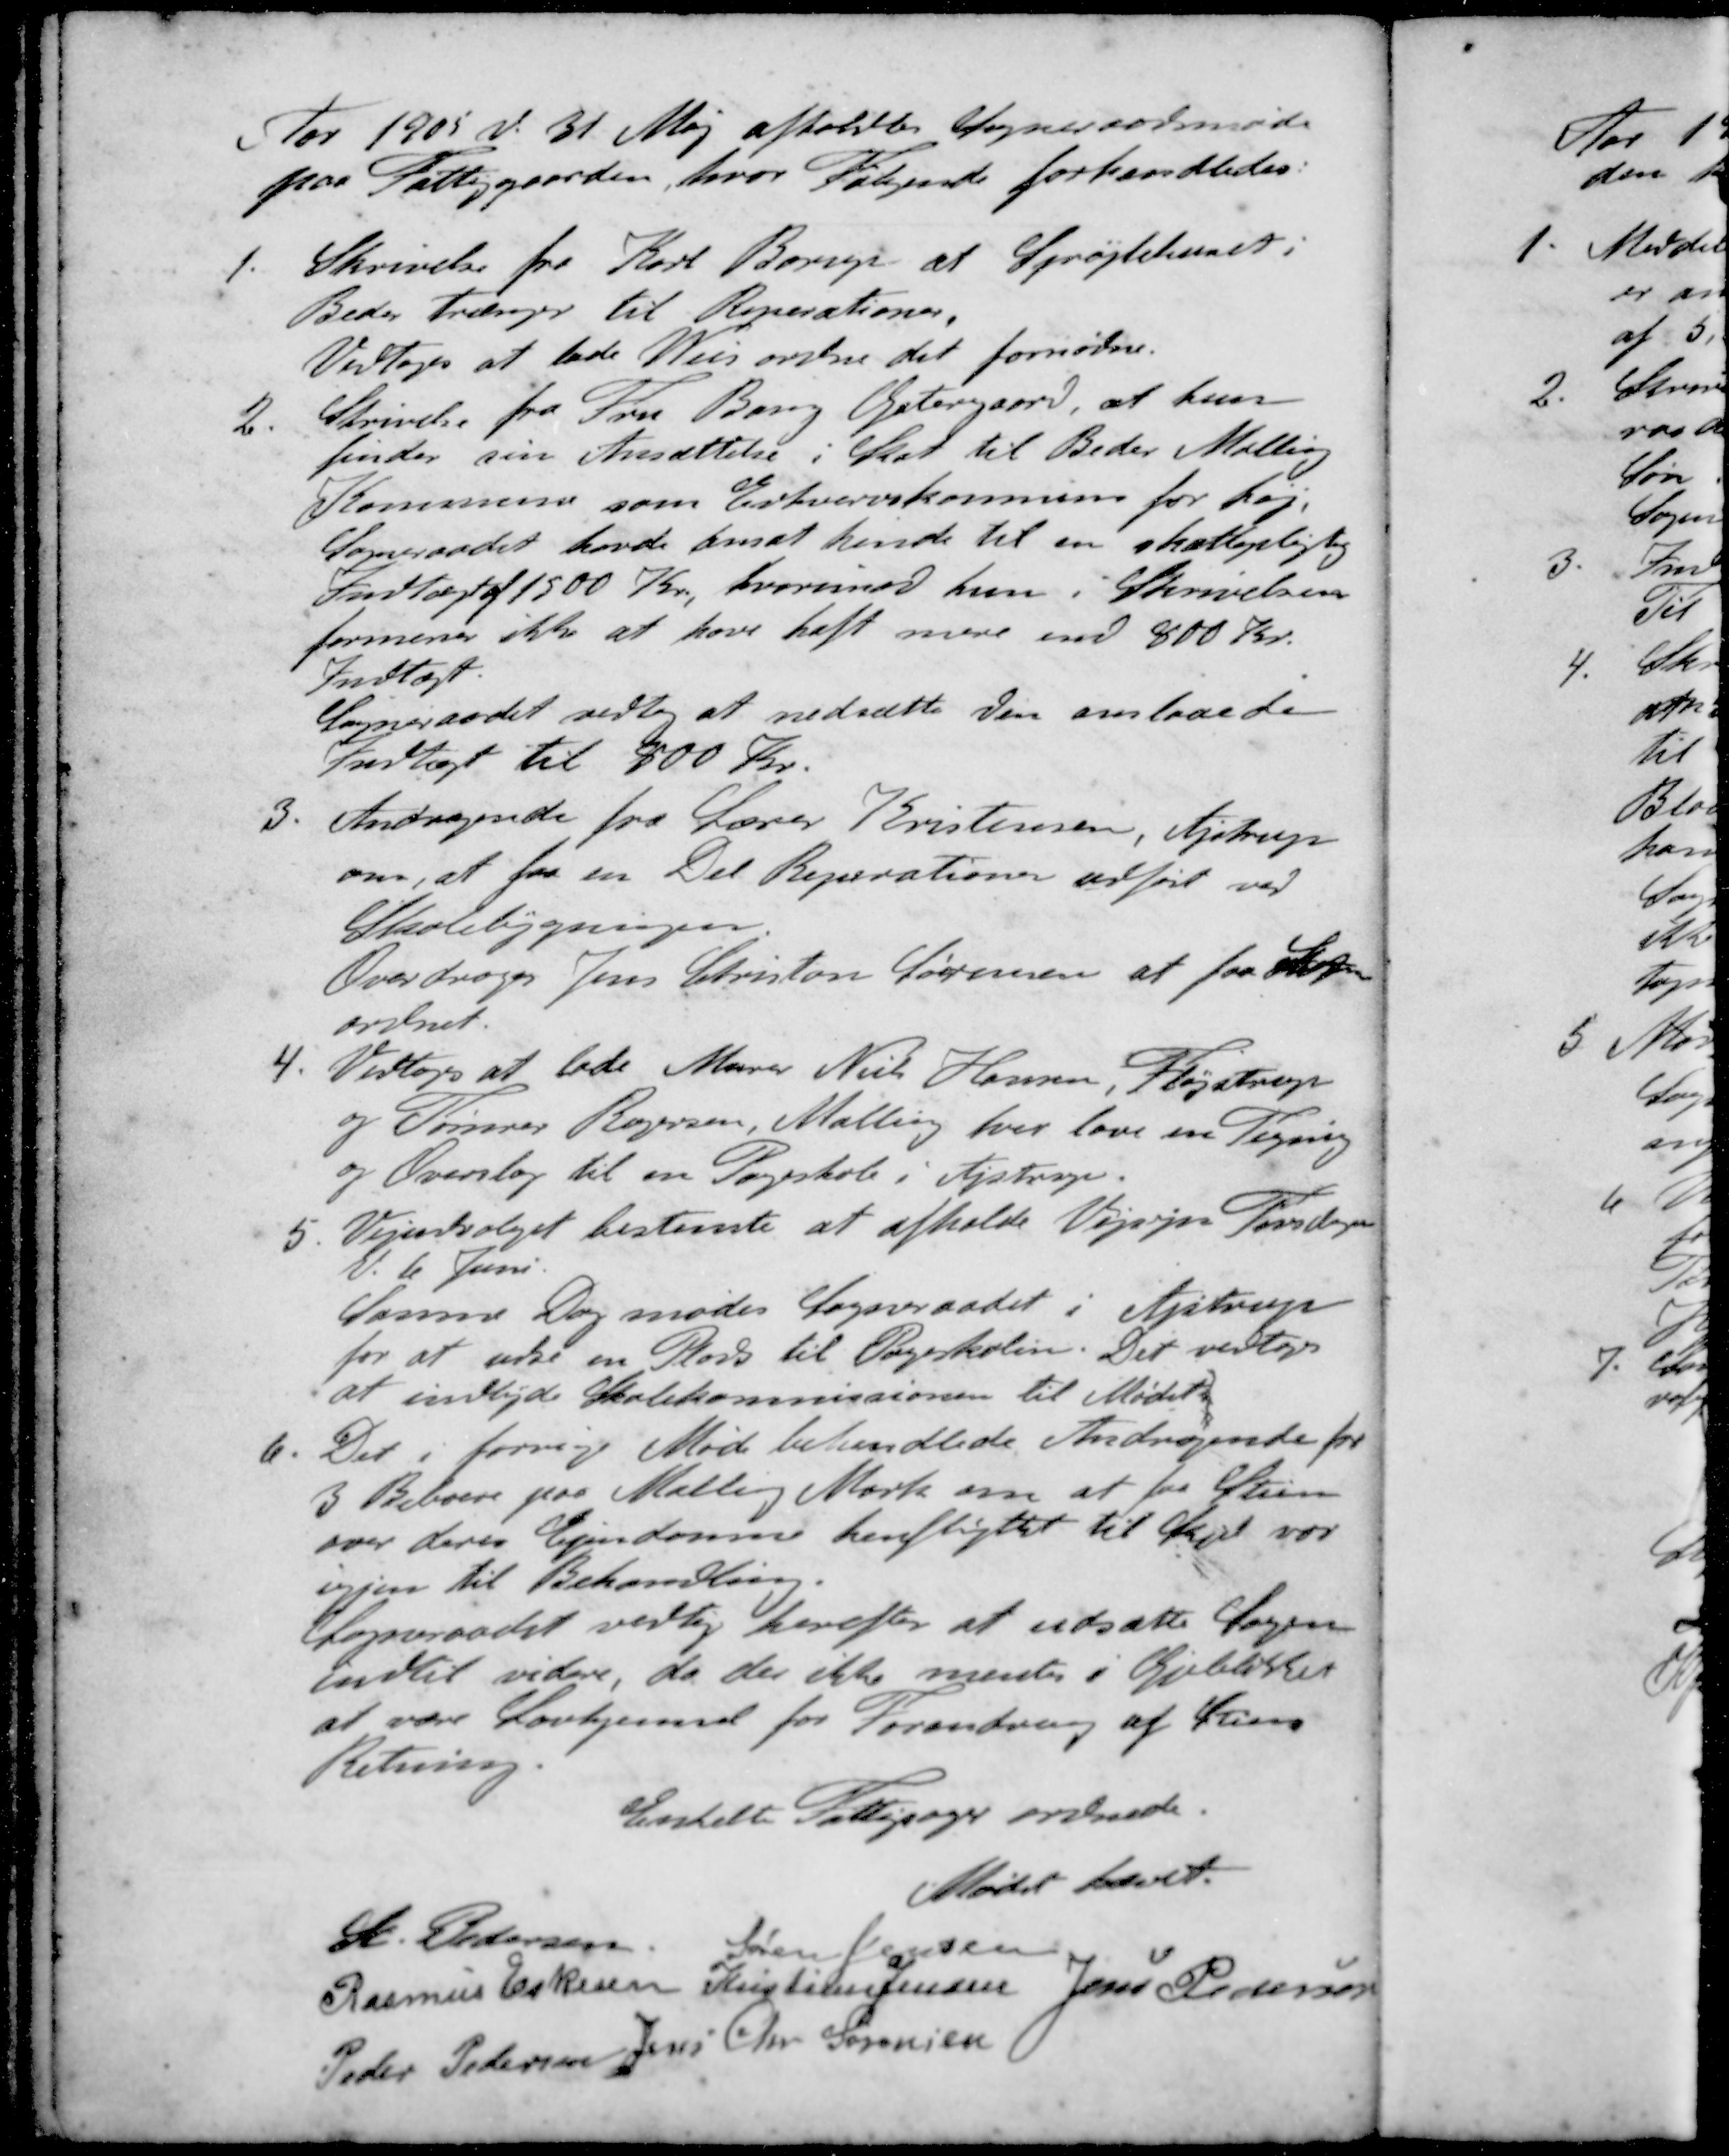
Transskription:
Aar 1905 d. 31 Maj afholdtes Sogneraadsmøde
paa Fattiggaarden, hvor Følgende forhandledes:
1. Skrivelse fra Karl Borup at Sprøjtehuset i
Beder trænger til Reperationer.
Vedtoges at lade Weis ordne det fornødne.
2. Skrivelse fra Fru Bang Østergaard, at hun
finder sin Ansættelse i Skat til Beder Malling
Kommune som Erhvervskommune for høj.
Sogneraadet havde ansat hende til en skattepligtig
Indtægt af 1500 Kr, hvorimod hun i Skrivelsen
formener ikke at have haft mere end 800 Kr.
Indtægt.
Sogneraadet vedtog at nedsætte den anslaaede
Indtægt til 800 Kr.
3. Andragende fra Lærer Kristensen, Ajstrup
om, at faa en Del Reparationen udført ved
Skolebygningen.
Overdroges Jens Christon Sørensen at faa Sagen
ordnet.
4. Vedtoges at lade Murer Niels Hansen, Fløjstrup
og Tømrer Rogersen, Malling hver lave en Tegning
og Overslag til en Pogeskole i Ajstrup.
5. Vejudvalget bestemte at afholde Vejsyn Torsdagen
d. 6. Juni
Samme Dag mødes Sogneraadet i Ajstrup
for at udse en Plads til Pogeskolen. Det vedtoges
at indbyde Skolekommissionen til Mødet
6. Det i forrige Møde behandlede Andragende fra
3 Beboere paa Malling Mark om at fra Stien
over deres Ejendomme henflyttet til Skjel var 
igjen til Behandling.
Sogneraadet vedtog herefter at udsætte Sagen
indtil videre, da der ikke mentes i Gjebliker
at være Lovhjemmet for Forandring af Stiens
Retning.
Enkelt Fattigsager ordnede.
Mødet hævet.
St Pedersen
Søren Jensen
Rasmus Eskesen
Kristian Jensen
Jens Pedersen
Peder Pedersen
Jens Chr Sørensen